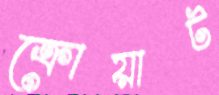
ক্রোয়াট